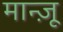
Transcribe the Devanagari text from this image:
मान्ज़ू